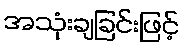
အသုံးချခြင်းဖြင့်